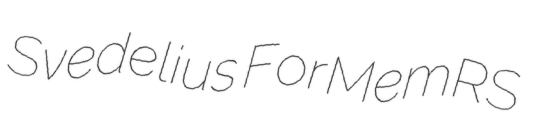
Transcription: Svedelius ForMemRS